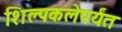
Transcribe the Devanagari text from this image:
शिल्पकलेपर्यंत